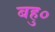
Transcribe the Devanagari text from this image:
बहु०